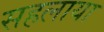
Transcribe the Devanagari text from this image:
सहलाया